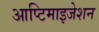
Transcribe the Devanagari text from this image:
आप्टिमाइजेशन